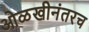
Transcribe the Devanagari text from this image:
ओळखीनंतरच